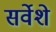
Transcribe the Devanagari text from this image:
सर्वेशे